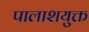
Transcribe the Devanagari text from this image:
पालाशयुक्त